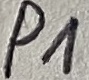
Text: P1